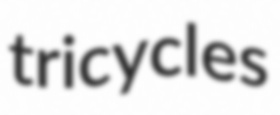
tricycles